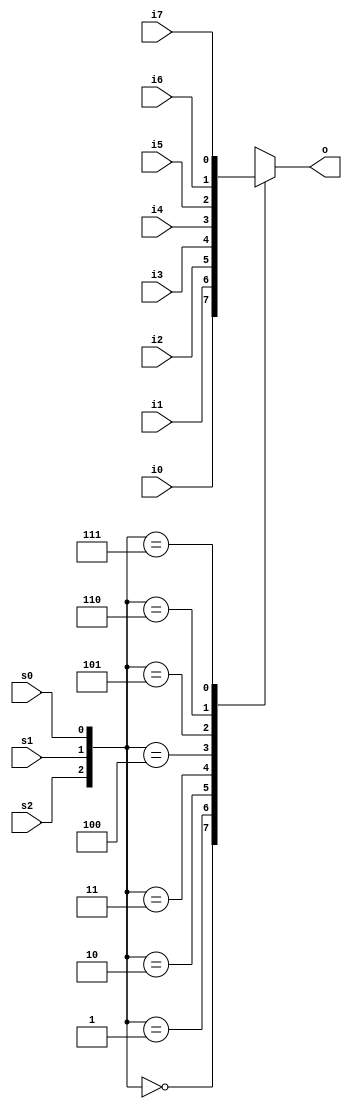
// This program was cloned from: https://github.com/DingWH03/verilog-demo
// License: GNU General Public License v3.0

`timescale 1ns / 1ps
//////////////////////////////////////////////////////////////////////////////////
// Company: 
// Engineer: 
// 
// Design Name: 
// Module Name: mux8to1
// Project Name: 
// Target Devices: 
// Tool Versions: 
// Description: 
// 
// Dependencies: 
// 
// Revision:
// Revision 0.01 - File Created
// Additional Comments:
// 
//////////////////////////////////////////////////////////////////////////////////


module mux8to1(
    input i0,
    input i1,
    input i2,
    input i3,
    input i4,
    input i5,
    input i6,
    input i7,
    input s0,
    input s1,
    input s2,
    output reg o
    );
    always @ (i0 or i1 or i2 or i3 or i4 or i5 or i6 or i7 or s0 or s1 or s2)
    begin
    case ({s2, s1, s0}) // 
        3'b000: o = i0; //  3'b000  i0
        3'b001: o = i1; //  3'b001  i1
        3'b010: o = i2; //  3'b010  i2
        3'b011: o = i3; //  3'b011  i3
        3'b100: o = i4; //  3'b100  i4
        3'b101: o = i5; //  3'b101  i5
        3'b110: o = i6; //  3'b110  i6
        3'b111: o = i7; //  3'b111  i7
        default: o = 1'b0; // 0
    endcase
    end
endmodule